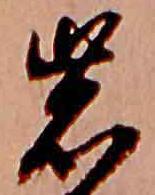
岩